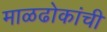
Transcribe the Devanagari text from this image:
माळढोकांची